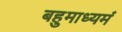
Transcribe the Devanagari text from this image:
बहुमाध्‍यमं